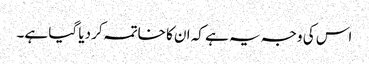
اس کی وجہ یہ ہے کہ ان کا خاتمہ کر دیا گیا ہے۔